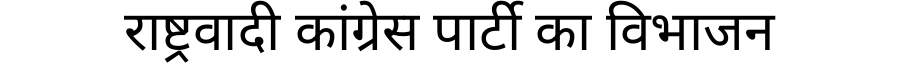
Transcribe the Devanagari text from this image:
राष्ट्रवादी कांग्रेस पार्टी का विभाजन